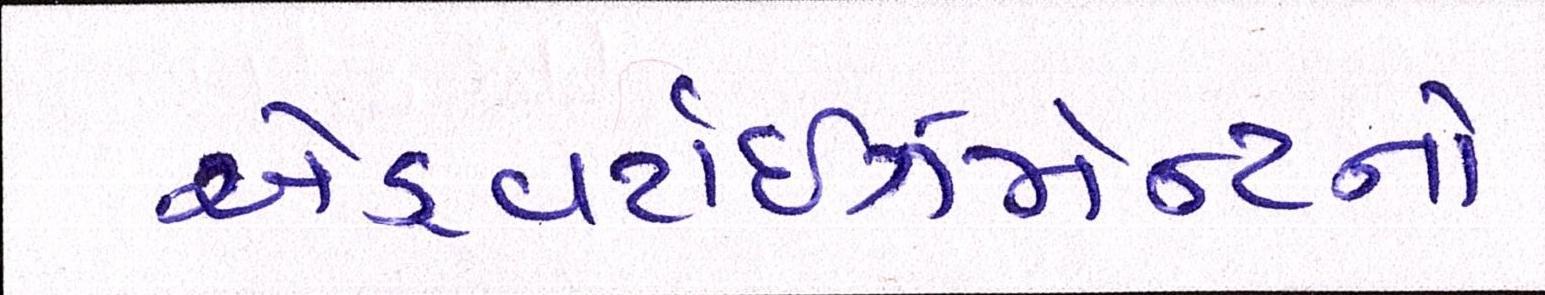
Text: એડ્વર્ટાઇઝમેન્ટનો